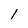
Character: l